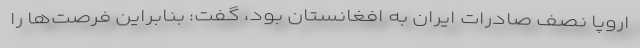
اروپا نصف صادرات ایران به افغانستان بود، گفت: بنابراین فرصت‌ها را